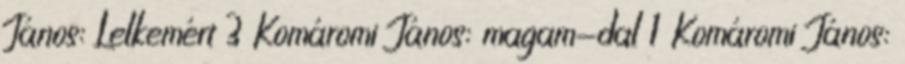
János: Lelkemért 3 Komáromi János: magam-dal 1 Komáromi János: